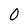
Character: 0